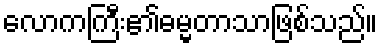
လောကကြီး၏ဓမ္မတာသာဖြစ်သည်။